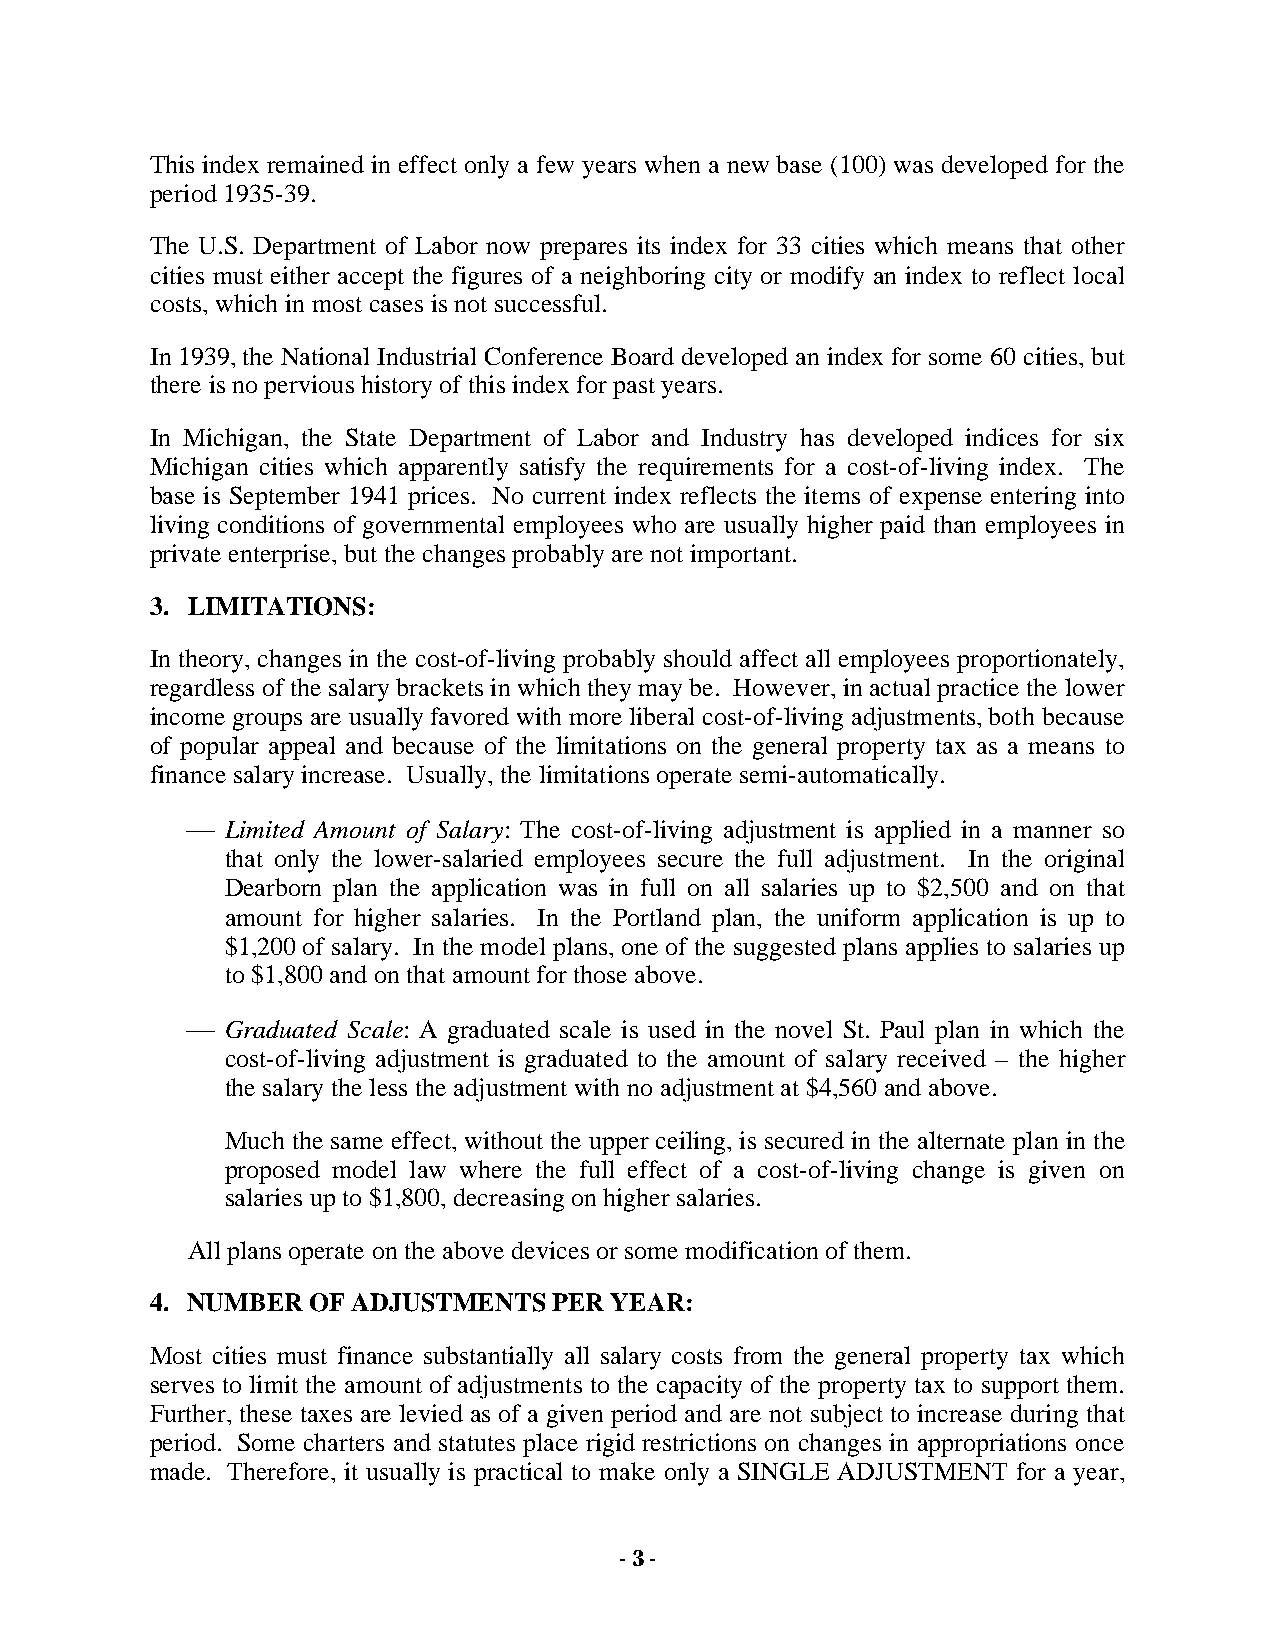
This index remained in effect only a few years when a new base (100) was developed for the
 period 1935-39.
 The U.S. Department of Labor now prepares its index for 33 cities which means that other
 cities must either accept the figures of a neighboring city or modify an index to reflect local
 costs, which in most cases is not successful.
 In 1939, the National Industrial Conference Board developed an index for some 60 cities, but
 there is no pervious history of this index for past years.
 In Michigan, the State Department of Labor and Industry has developed indices for six
 Michigan cities which apparently satisfy the requirements for a cost-of-living index. The
 base is September 1941 prices. No current index reflects the items of expense entering into
 living conditions of governmental employees who are usually higher paid than employees in
 private enterprise, but the changes probably are not important.
 3. LIMITATIONS:
 In theory, changes in the cost-of-living probably should affect all employees proportionately,
 regardless of the salary brackets in which they may be. However, in actual practice the lower
 income groups are usually favored with more liberal cost-of-living adjustments, both because
 of popular appeal and because of the limitations on the general property tax as a means to
 finance salary increase. Usually, the limitations operate semi-automatically.
   Limited Amount of Salary: The cost-of-living adjustment is applied in a manner so
 that only the lower-salaried employees secure the full adjustment. In the original
 Dearborn plan the application was in full on all salaries up to $2,500 and on that
 amount for higher salaries. In the Portland plan, the uniform application is up to
 $1,200 of salary. In the model plans, one of the suggested plans applies to salaries up
 to $1,800 and on that amount for those above.
   Graduated Scale: A graduated scale is used in the novel St. Paul plan in which the
 cost-of-living adjustment is graduated to the amount of salary received – the higher
 the salary the less the adjustment with no adjustment at $4,560 and above.
 Much the same effect, without the upper ceiling, is secured in the alternate plan in the
 proposed model law where the full effect of a cost-of-living change is given on
 salaries up to $1,800, decreasing on higher salaries.
 All plans operate on the above devices or some modification of them.
 4. NUMBER OF ADJUSTMENTS   PER YEAR:
 Most cities must finance substantially all salary costs from the general property tax which
 serves to limit the amount of adjustments to the capacity of the property tax to support them.
 Further, these taxes are levied as of a given period and are not subject to increase during that
 period. Some charters and statutes place rigid restrictions on changes in appropriations once
 made. Therefore, it usually is practical to make only a SINGLE ADJUSTMENT for a year,
 - 3 -